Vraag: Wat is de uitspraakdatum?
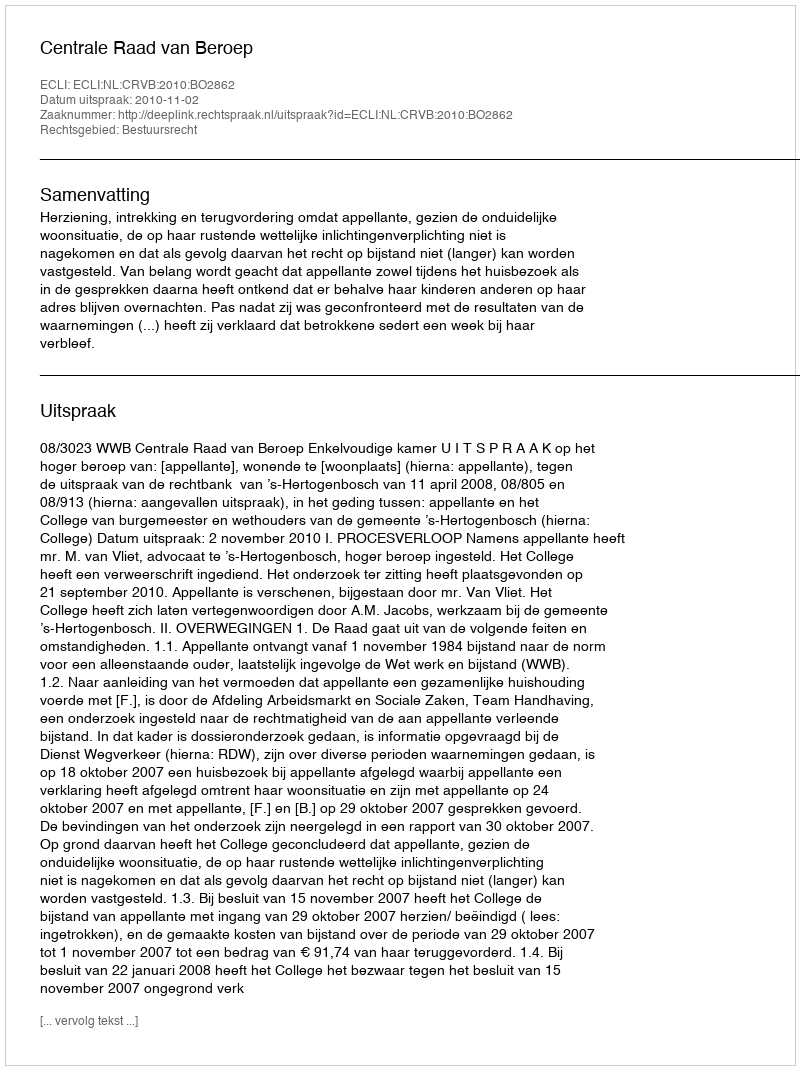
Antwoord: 2010-11-02